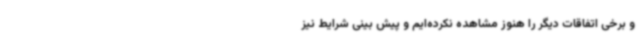
و برخی اتفاقات دیگر را هنوز مشاهده نکرده‌ایم و پیش بینی شرایط نیز